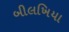
બીલખિયા